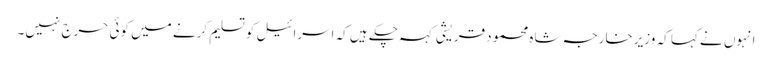
انہوں نے کہا کہ وزیرخارجہ شاہ محمود قریشی کہہ چکے ہیں کہ اسرائیل کو تسلیم کرنے میں کوئی حرج نہیں۔